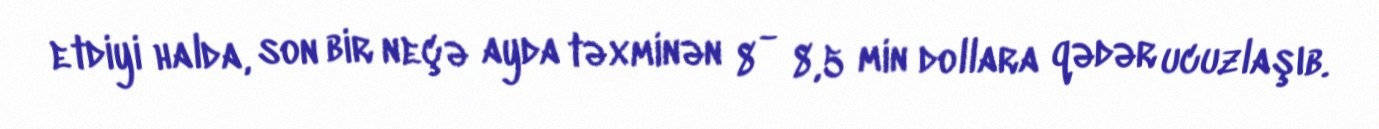
etdiyi halda, son bir neçə ayda təxminən 8 - 8,5 min dollara qədər ucuzlaşıb.